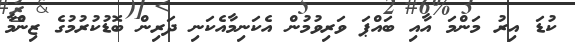
ކުޑަ އިރު މަންމަ އާއި ބައްޕަ ވަރިވުމުން އެކަނިމާއެކަނި ދަރިން ބޮޑުކުރުމުގެ ޒިންމާ